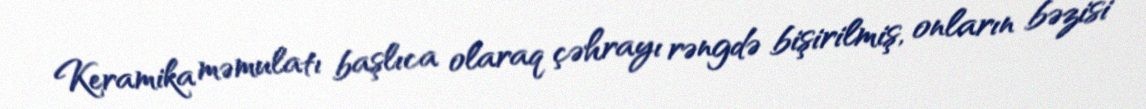
Keramika məmulatı başlıca olaraq çəhrayı rəngdə bişirilmiş, onların bəzisi